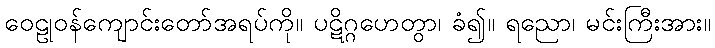
ဝေဠုဝန်ကျောင်းတော်အရပ်ကို။ ပဋိဂ္ဂဟေတွာ၊ ခံ၍။ ရညော၊ မင်းကြီးအား။